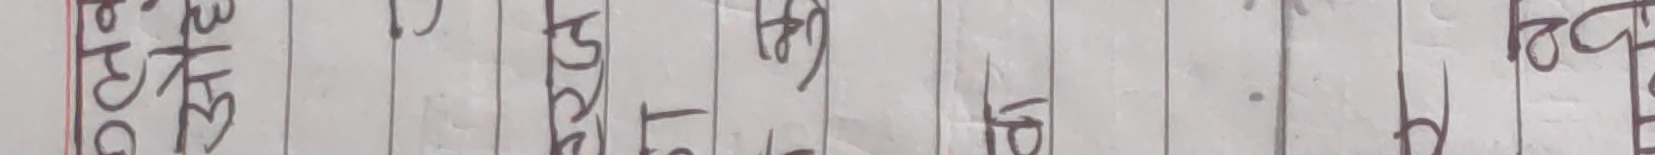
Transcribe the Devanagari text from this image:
ओटा
३
८
०
२

फु
५
०
५
०

पू
त
ल
१
५
०

खु
ए
३
०
०

४
०
५
०

जो
ट
३
०
५
०